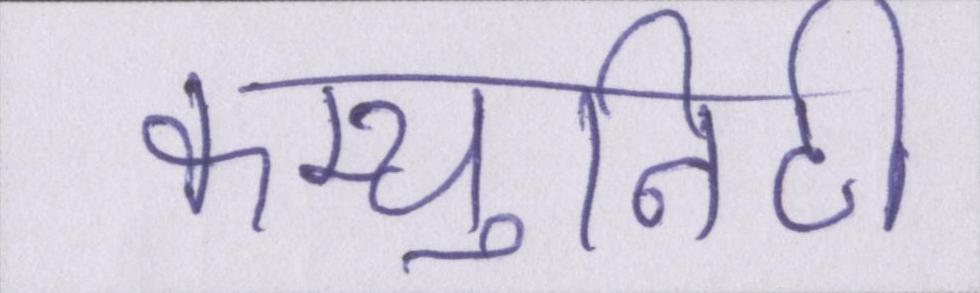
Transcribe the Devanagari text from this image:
कम्युनिटी